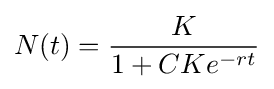
N(t)={\frac {K}{1+CKe^{-rt}}}